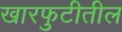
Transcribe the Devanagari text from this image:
खारफुटीतील